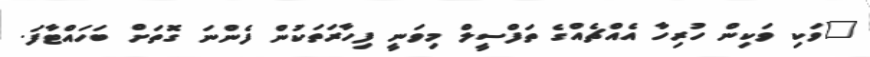
"ވަކި ވަކިން ހުރިހާ އެއްޗެއްގެ ތަފްސީލް މިވަނީ ފިހާރަތަކުން ފެންނަ ގޮތަށް ބަހައްޓާފަ.